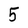
Character: 5